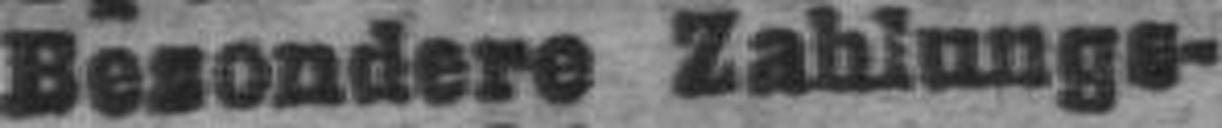
Besondere Zahlungs¬